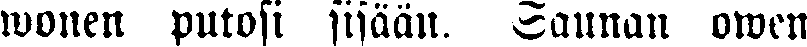
wonen putosi sisään. Saunan owen